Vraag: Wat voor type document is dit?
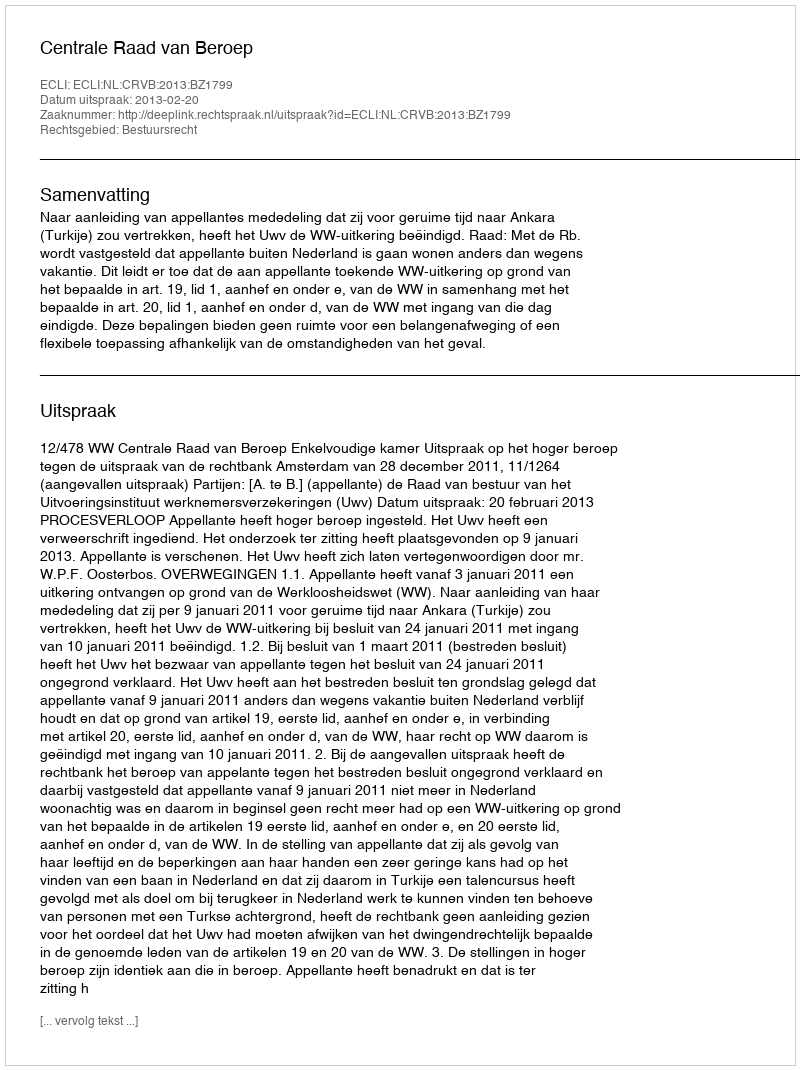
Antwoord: Uitspraak